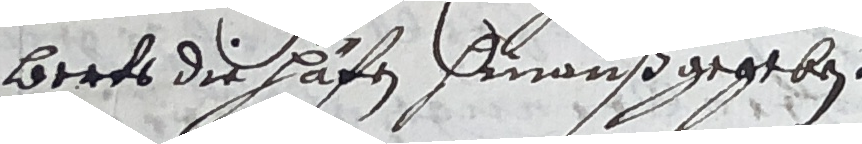
werts die hafen hinauß gegeben.